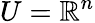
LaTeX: U=\mathbb{R}^{n}